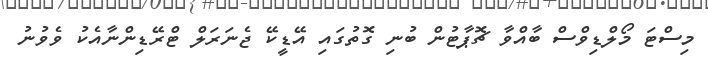
މިސްޓަ މޯލްޑިވްސް ބާއްވާ ޗޮޕާޓުން ބުނި ގޮތުގައި އޭޑީކޭ ޖެނަރަލް ޓްރޭޑިންނާއެކު ވެވުނު